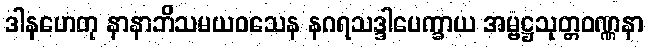
ဒါနဟေတု နာနာဘိသမယဝသေန နဂရသဒ္ဒါပေက္ခာယ အမ္ဗဋ္ဌသုတ္တဝဏ္ဏနာ